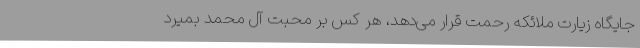
جایگاه زیارت ملائکه رحمت قرار می‌دهد، هر کس بر محبت آل محمد بمیرد